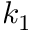
k _ { 1 }